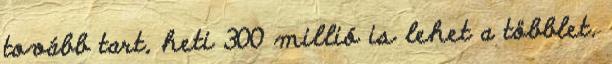
tovább tart, heti 300 millió is lehet a többlet.